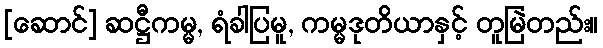
[ဆောင်] ဆဋ္ဌီကမ္မ, ရံခါပြမူ, ကမ္မဒုတိယာနှင့် တူမြဲတည်း။